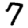
Digit: 7